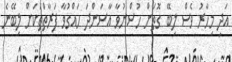
އަދި މިހާރު ވެސް ލިބޭ ގޮތަށް ހުސްނުވާ އާސަންދަ ހައްގުވާ ފަރާތްތަކަށް ލިބޭނެ